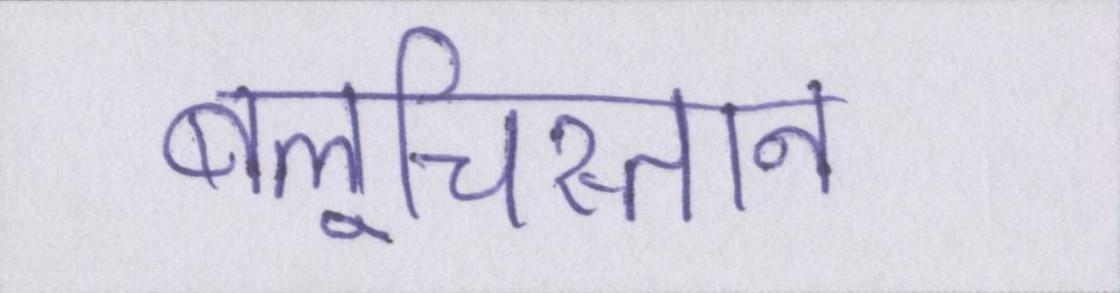
बलूचिस्तान